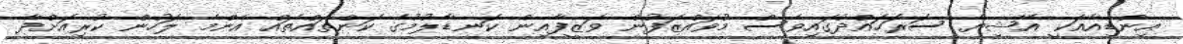
އިންޑިއާއަކީ އޭޝިޔާ ސަރަހައްދުގައިވެސް މުވައްޒަފުން ވަޒީފާއިން ކަނޑާލުމުގެ ކަންތައްތައް އެންމެ ލަހުން ކުރިއަށްދާ